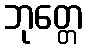
ဘုတ္တေ